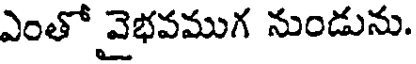
ఎంతో వైభవముగ నుండును.